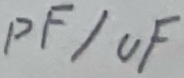
Text: pF/uF